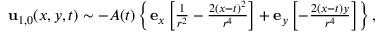
\begin{array} { r } { \mathbf { u } _ { 1 , 0 } ( x , y , t ) \sim - A ( t ) \left\{ \mathbf { e } _ { x } \left[ \frac { 1 } { r ^ { 2 } } - \frac { 2 ( x - t ) ^ { 2 } } { r ^ { 4 } } \right] + \mathbf { e } _ { y } \left[ - \frac { 2 ( x - t ) y } { r ^ { 4 } } \right] \right\} , } \end{array}